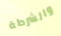
والشرطة